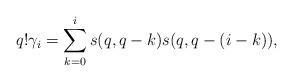
LaTeX: \begin{align*}q! \gamma_i = \sum_{k=0}^i s(q,q-k)s(q,q-(i-k)), \end{align*}